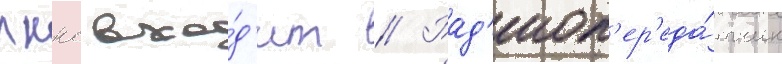
лккс вхо́д'ит // Рад'иоп'ер'еда́тчик